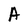
Character: A